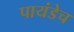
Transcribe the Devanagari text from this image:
पायंडेच